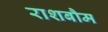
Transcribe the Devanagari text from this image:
राशबौम